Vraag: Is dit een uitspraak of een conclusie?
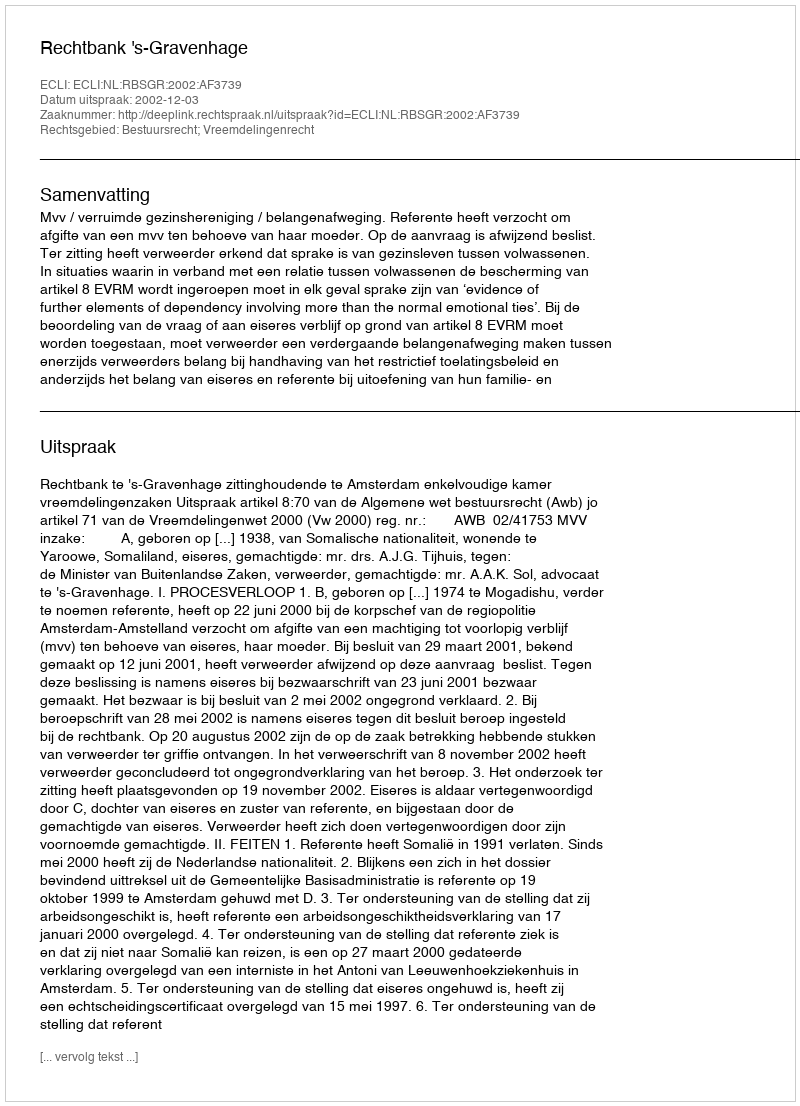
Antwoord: Uitspraak